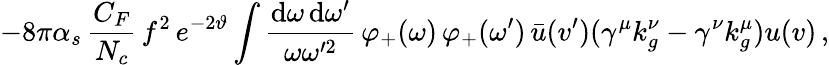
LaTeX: -8\pi\alpha_{s}\, \frac{C_{F}}{N_{c}}\, f^{2}\, e^{-2\vartheta}\int\frac{\mathrm{d}\omega\, \mathrm{d}\omega^{\prime}}{\omega\omega^{\prime 2}}\, \varphi_{+}(\omega)\, \varphi_{+}(\omega^{\prime})\, \bar{u}(v^{\prime})(\gamma^{\mu}k_{g}^{\nu}-\gamma^{\nu}k_{g}^{\mu})u(v)\, ,